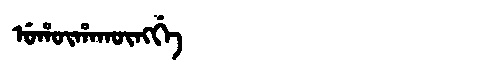
Manchu: ᡠᡥᡡᡥᠠᡴᡡᠩᡤᡝ
Romanization: UHŪHAKŪNGGE